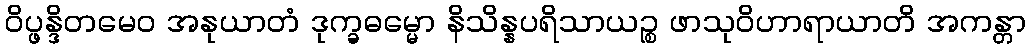
ဝိပ္ဖန္ဒိတမေဝ အနုယာတံ ဒုက္ခဓမ္မော နိသိန္နပရိသာယဉ္စ ဖာသုဝိဟာရာယာတိ အကန္တာ